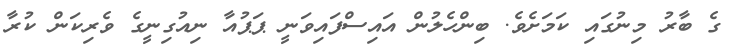
ގެ ބާރު މިނުގައި ކަމަށެވެ. ބިންހެލުން އައިސްފައިވަނީ ޕަޕުއާ ނިއުގިނީގެ ވެރިކަން ކުރާ